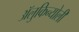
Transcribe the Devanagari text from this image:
ॲलुकिन्योली